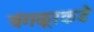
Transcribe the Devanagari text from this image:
बंगळूरकडे